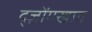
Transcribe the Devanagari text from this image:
द्ज़ोंगखाग